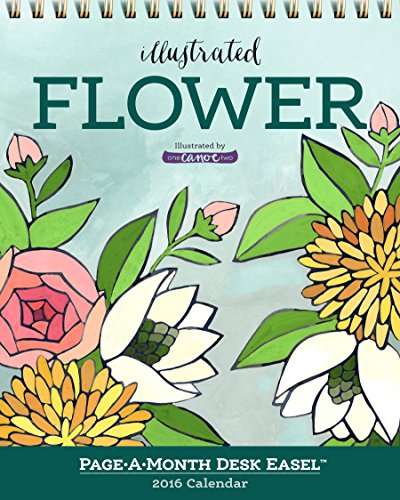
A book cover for Illustrated Flower Page-A-Month Desk Easel Calendar 2016; 1canoe2; Calendars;